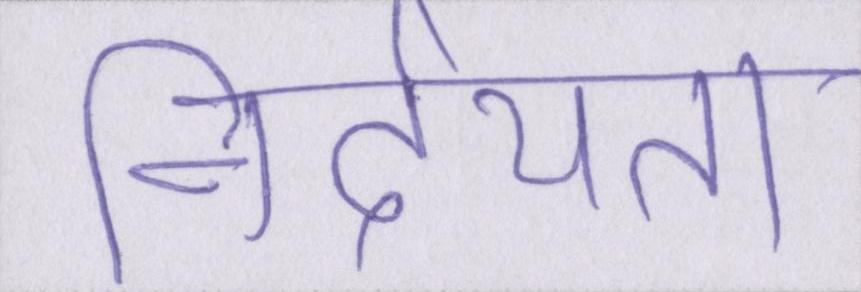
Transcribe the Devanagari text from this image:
निर्दयता